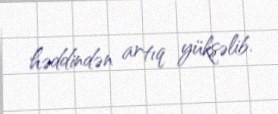
həddindən artıq yüksəlib.